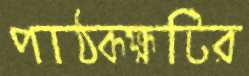
পাঠকক্ষটির